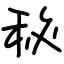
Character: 秘